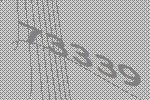
73339